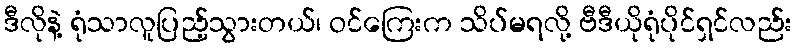
ဒီလိုနဲ့ ရုံသာလူပြည့်သွားတယ်၊ ဝင်ကြေးက သိပ်မရလို့ ဗီဒီယိုရုံပိုင်ရှင်လည်း